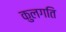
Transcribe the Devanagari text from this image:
कुलगति